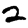
Digit: 2